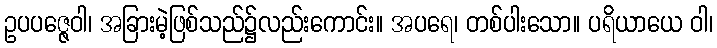
ဥပပဇ္ဇေဝါ၊ အခြားမဲ့ဖြစ်သည်၌လည်းကောင်း။ အပရေ၊ တစ်ပါးသော။ ပရိယာယေ ဝါ၊